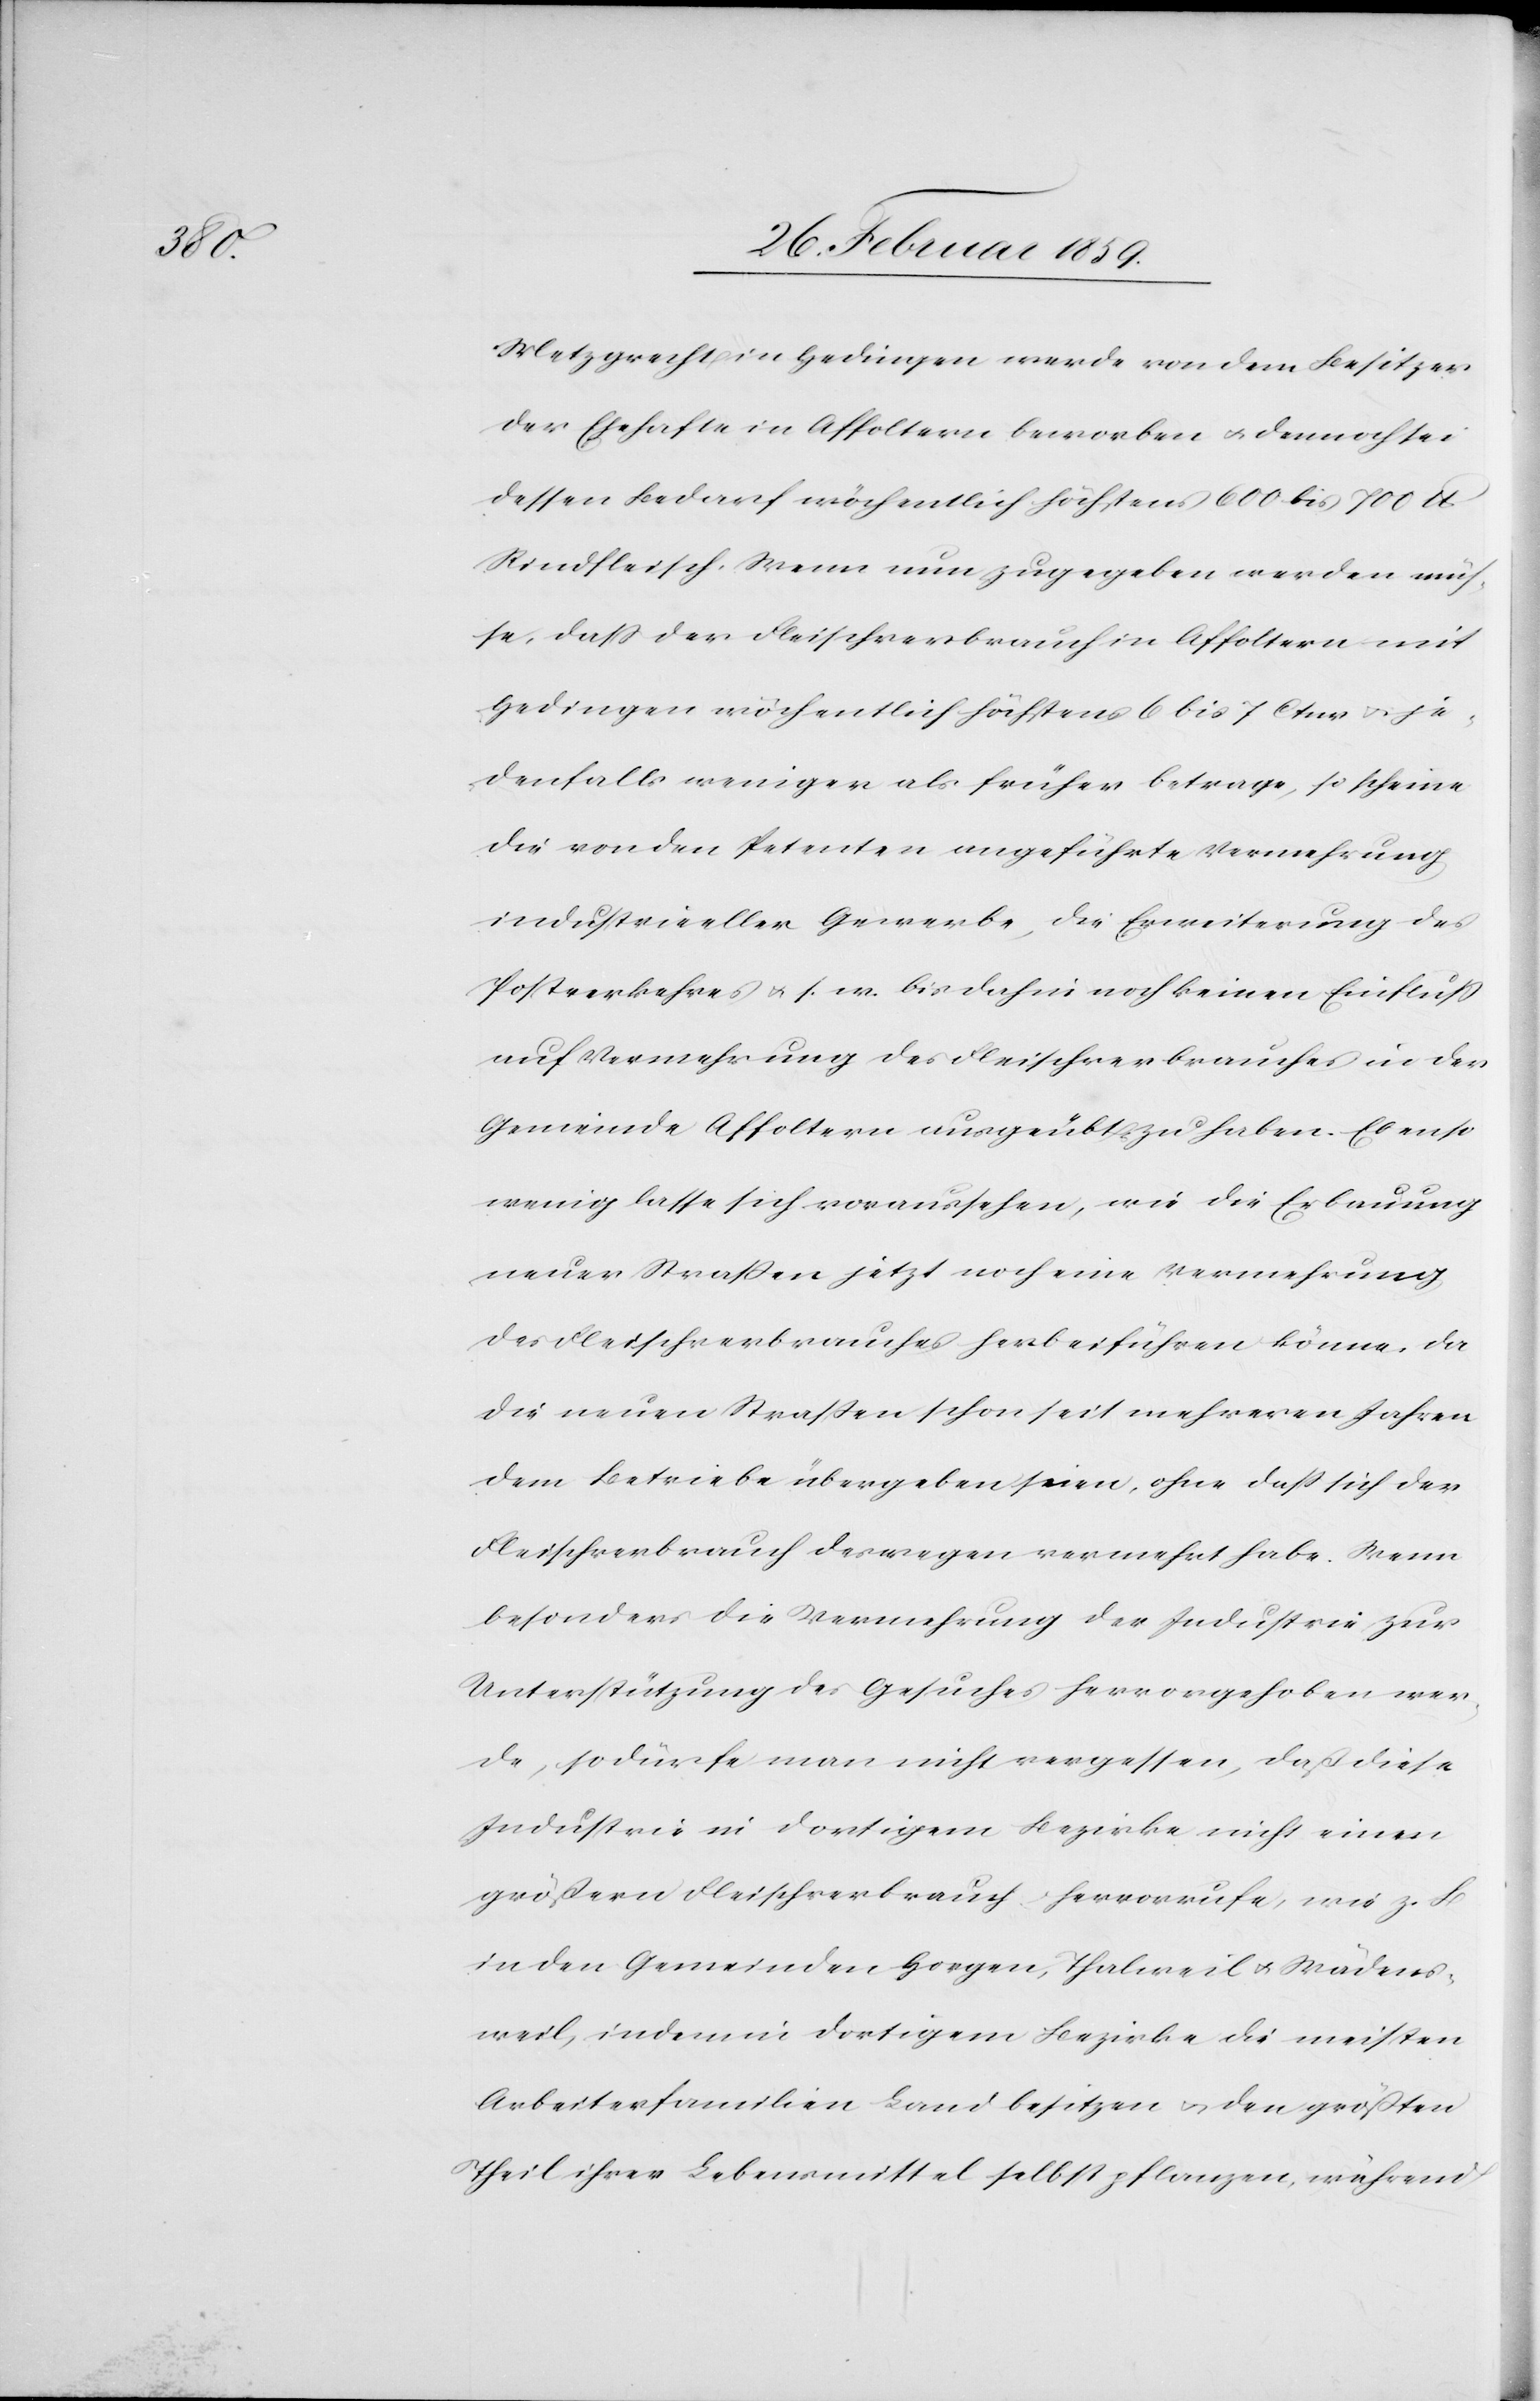
Metzgrecht in Hedingen werde von dem Besitzer
der Ehehafte in Affoltern beworben u. dennoch sei
dessen Bedarf wöchentlich höchstens 600 bis 700 lb
Rindfleisch. Wenn nun zugegeben werden müs¬
se, daß der Fleischverbrauch in Affoltern mit
Hedingen wöchentlich höchstens 6 bis 7 Ctnr u. je¬
denfalls weniger als früher betrage, so scheine
die von den Petenten angeführte Vermehrung
industrieeller Gewerbe, die Erweiterung des
Postverkehres u. s. w. bis dahin noch keinen Einfluß
auf Vermehrung des Fleischverbrauches in der
Gemeinde Affoltern ausgeübt zu haben. Ebenso
wenig lasse sich voraussehen, wie die Erbauung
neuer Straßen jetzt noch eine Vermehrung
des Fleischverbrauches herbeiführen könne. Da
die neuen Straßen schon seit mehreren Jahren
dem Betriebe übergeben seien, ohne daß sich der
Fleischverbrauch deswegen vermehrt habe. Wenn
besonders die Vermehrung der Industrie zur
Unterstützung des Gesuches hervorgehoben wer¬
de, so dürfe man nicht vergessen, daß diese
Industrie in dortigem Bezirke nicht einen
größern Fleischverbrauch hervorrufe, wie z. B.
in den Gemeinden Horgen, Thalweil u. Wädens¬
weil, indem in dortigem Bezirke die meisten
Arbeiterfamilien Land besitzen u. den größten
Theil ihrer Lebensmittel selbst pflanzen, während